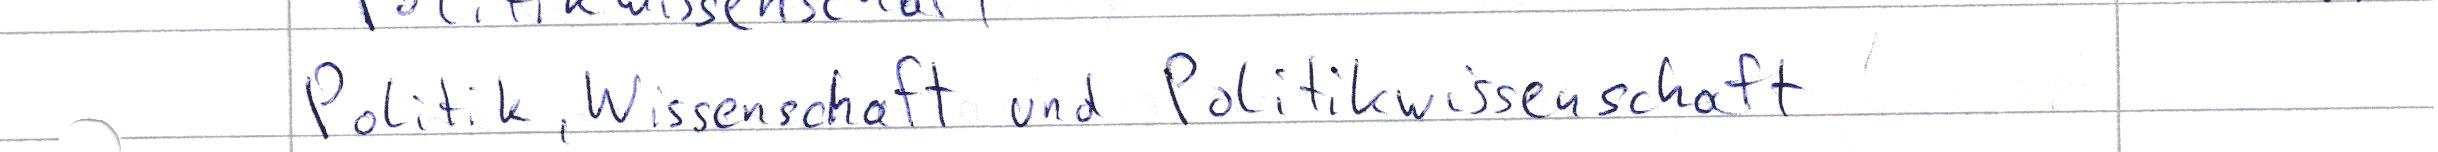
Politik, Wissenschaft und Politikwissenschaft